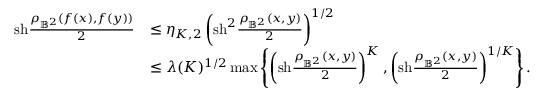
\begin{array} { r l } { \mathrm { s h } \frac { \rho _ { \mathbb { B } ^ { 2 } } ( f ( x ) , f ( y ) ) } { 2 } } & { \leq \eta _ { K , 2 } \left( \mathrm { s h } ^ { 2 } \frac { \rho _ { \mathbb { B } ^ { 2 } } ( x , y ) } { 2 } \right) ^ { 1 / 2 } } \\ & { \leq \lambda ( K ) ^ { 1 / 2 } \operatorname* { m a x } \left\{ \left( \mathrm { s h } \frac { \rho _ { \mathbb { B } ^ { 2 } } ( x , y ) } { 2 } \right) ^ { K } , \left( \mathrm { s h } \frac { \rho _ { \mathbb { B } ^ { 2 } } ( x , y ) } { 2 } \right) ^ { 1 / K } \right\} . } \end{array}